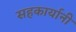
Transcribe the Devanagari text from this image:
सहकार्यानी